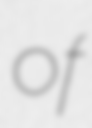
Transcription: of